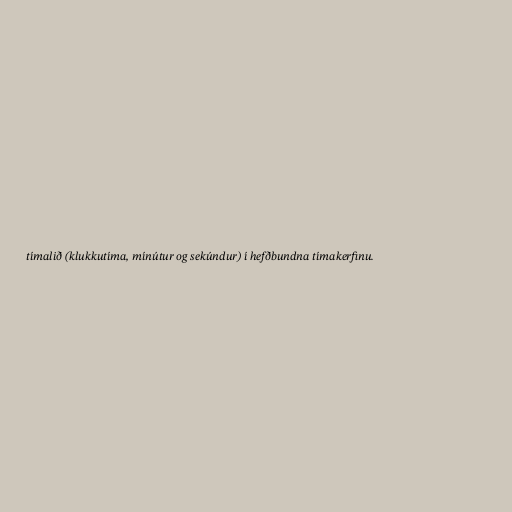
tímalið (klukkutíma, mínútur og sekúndur) í hefðbundna tímakerfinu.